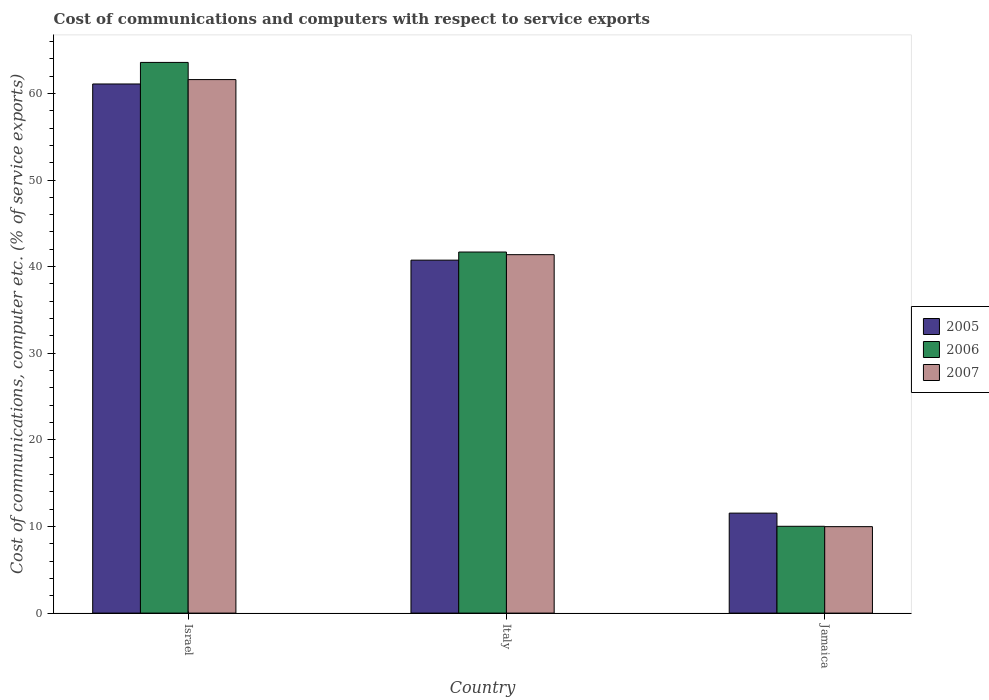
| Country | 2005 | 2006 | 2007 |
 | --- | --- | --- | --- |
 | Israel | 61.1 | 63.6 | 61.6 |
 | Italy | 40.7 | 41.7 | 41.4 |
 | Jamaica | 11.5 | 10 | 9.98 |